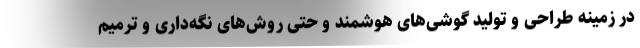
در زمینه طراحی و تولید گوشی‌های هوشمند و حتی روش‌های نگه‌داری و ترمیم